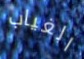
الغياب